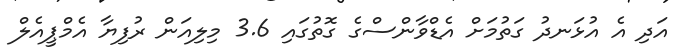
އަދި އެ އުޅަނދު ގަތުމަށް އެޑްވާންސްގެ ގޮތުގައި 3.6 މިލިއަން ރުފިޔާ އެމްޕީއެލް